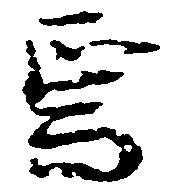
焉